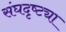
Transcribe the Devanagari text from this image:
संघदृष्ट्या